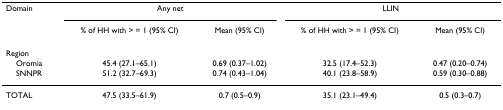
| Domain | <COLSPAN=2> Any net | <COLSPAN=2> LLIN |
 |  | % of HH with > = 1 (95% CI) | Mean (95% CI) | % of HH with > = 1 (95% CI) | Mean (95% CI) |
 | --- | --- | --- | --- | --- |
 | Region |  |  |  |  |
 | Oromia | 45.4 (27.1–65.1) | 0.69 (0.37–1.02) | 32.5 (17.4–52.3) | 0.47 (0.20–0.74) |
 | SNNPR | 51.2 (32.7–69.3) | 0.74 (0.43–1.04) | 40.1 (23.8–58.9) | 0.59 (0.30–0.88) |
 | TOTAL | 47.5 (33.5–61.9) | 0.7 (0.5–0.9) | 35.1 (23.1–49.4) | 0.5 (0.3–0.7) |